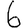
Digit: 6